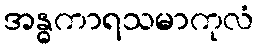
အန္ဓကာရသမာကုလံ